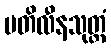
ပတိလီနသုတ္တံ